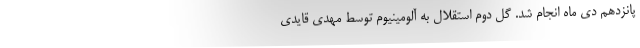
پانزدهم دی ماه انجام شد. گل دوم استقلال به آلومینیوم توسط مهدی قایدی